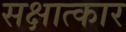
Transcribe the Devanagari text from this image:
सक्षात्कार